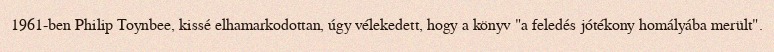
1961-ben Philip Toynbee, kissé elhamarkodottan, úgy vélekedett, hogy a könyv "a feledés jótékony homályába merült".